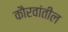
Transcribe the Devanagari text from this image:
कौरवांतील